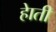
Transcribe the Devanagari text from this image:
हेाती